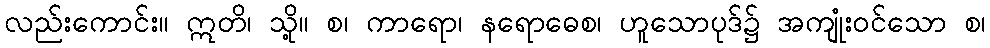
လည်းကောင်း။ ဣတိ၊ သို့။ စ၊ ကာရော၊ နရောဓေစ၊ ဟူသောပုဒ်၌ အကျုံးဝင်သော စ၊